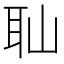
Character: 𦔺